Indian journal of veterinary science and animal husbandry - Volumes 22-23, 1952-1953
Year: 1952
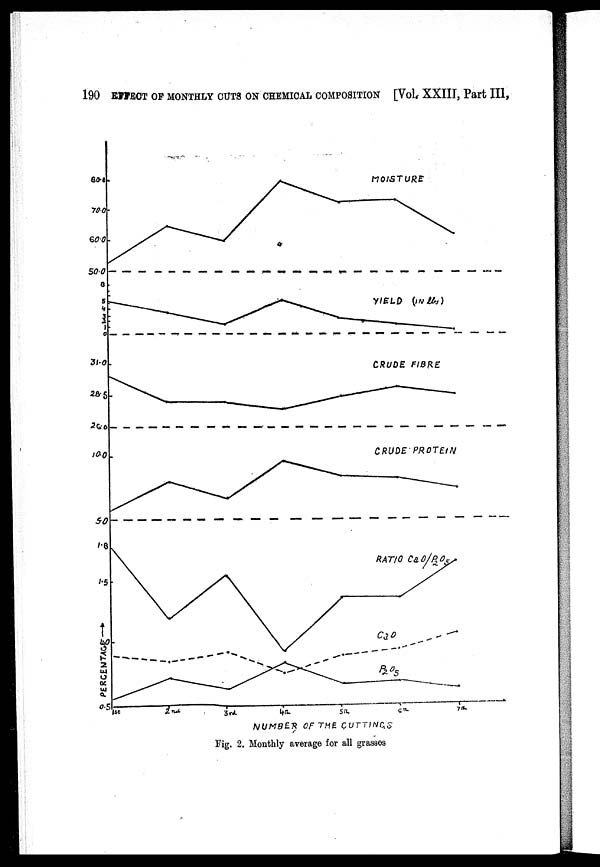
190 EFFECT OF MONTHLY CUTS ON CHEMICAL COMPOSITION [Vol. XXIII, Part III,
Fig. 2. Monthly average for all grasses